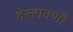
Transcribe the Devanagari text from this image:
वेल्हावणी